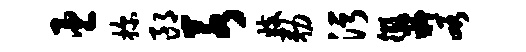
臣探郎若妓勒污徵嶷峪